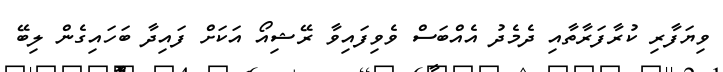
ވިޔަފާރި ކުރާފަރާތާއި ދެމެދު އެއްބަސް ވެވިފައިވާ ރޭޝިއޯ އަކަށް ފައިދާ ބަހައިގެން ލިބޭ